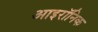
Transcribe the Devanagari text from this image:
आइरॉनिक